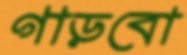
গাড়বো